Vital statistics of India. Vol. V, Reports of 1876 on armies & jails and on epidemic cholera
Year: 1876
Disease focus: Cholera
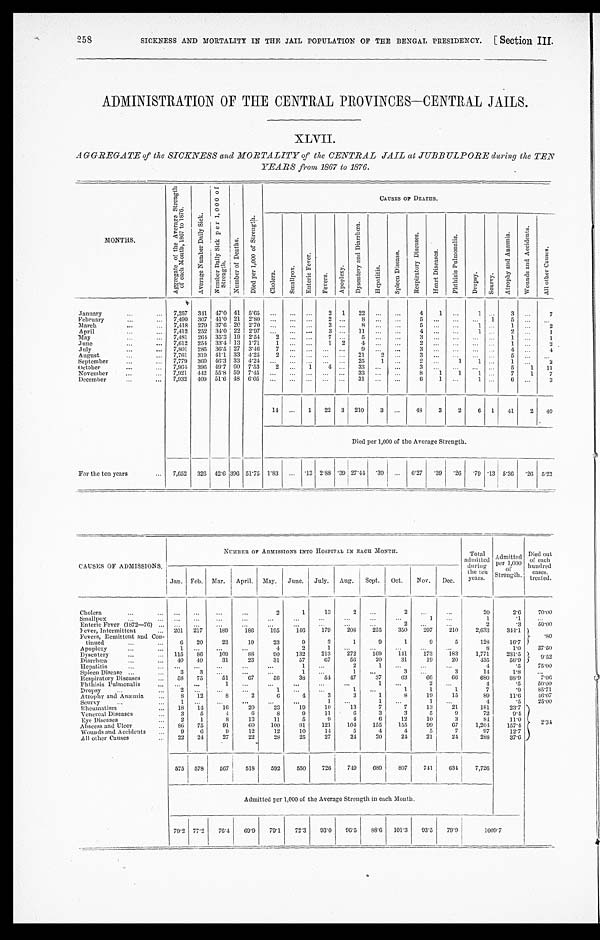
258
SICKNESS AND MORTALITY IN THE JAIL POPULATION OF THE BENGAL PRESIDENCY. [ Section
III.
ADMINISTRATION OF THE CENTRAL PROVINCES-CENTRAL JAILS.
XLVII.
AGGREGATE of the SICKNESS and MORTALITY of the CENTRAL JAIL at JUBBULPORE during the TEN
YEARS from 1867 to 1876.
MONTHS.
A g g r e g a t e o f t h e A v e r a g e S t r e n g t h o f e a c h M o n t h , 1 8 6 7 , t o 1 8 7 6 .
A v e r a g e N u m b e r D a i l y S i c k .
N u m b e r D a i l y S i c k p e r 1 , 0 0 0 o f S t r e n g t h .
N u m b e r o f d e a t h s .
D i e d p e r 1 , 0 0 0 o f S t r e n g t h .
CAUSES OF DEATHS.
C h o l e r a .
S m a l l p o x .
E n t e r i c F e v e r .
F e v e r s .
A p o p l e x y .
D y s e n t r y a n d D i a r r h œ a .
H e p a t i t i s .
S p l e e n D i s e a s e .
R e s p i r a t o r y D i s e a s e s .
H e a r t D i s e a s e s .
P h t h i s e s P u l m o n a l i s .
D r o p s y .
S c u r v y .
A t r o p h y a n d A n æ m i a .
W o u n d s a n d A c c i d e n t s .
A l l o t h e r C a u s e s .
January
7,257 341 47.0 41 5.65
2 1 22
4
1
1
3
7
February
7,490 307 41.0 21 2.80
2
8
5
1
5
March
7,418 279 37.6 20 2.70
3
8
5
1
1
2
April
7,412 252 34.0 22 2.97
3
1 1
4
1
2
1
May
7,481 264 35.3 19 2.54
2
7
5
3
1
1
June
7,612 254 33.4 13 1.71
1
1 2
4
2
1
2
July
7,801 285 36.5 27 3.46
7
9
3
4
4
August
7,761 319 41.1 33 4.25
2
21
2
3
5
September
7,779 360 46.3 33 4.24
25
1
2
1
1
1
2
October
7,964 396 49.7 60 7.53 2
1
4
33
3
5 1
11
,..
November
7,921 442 55.8 59 7.45
33
8
1 1
1
7 1
7
December
7,932 409 51.6 48 6.05
31
6
1
1
6
3
14
1 22 3 210
3
48
3
2
6 1 41
2 40
Died per 1,000 of the Average Strength.
For the ten years
7,652 326 42.6
3 9 6 51.75 1.83
.13 2.88 .39 27.44
. 3 9
6.27 .39 .26 .79 .13 5.36
. 26 5.23
CAUSES OF ADMISSIONS,
NUMBER OF ADMISSIONS INTO HOSPITAL IN EACH MONTH.
Total
admitted
durin g
the ten Y e a r s .
A d m i t t e d p e r 1 , 0 0 0 o f S t r e n g t h .
Died out
of each
hundred
cases.
treated.
Jan. Feb. Mar.
I
April. May. June. July. Aug. Sept. Oct. Nov. Dec.
Cholera
2
1
13
2
2
20
2.6
70.00
•••
S m a l l p o x
1
1
.1
Enteric Fever (1872—76)
2
2
.3
50.00
Fe
v e r , I n t e r m i t t e n t
201 217
189
180
195
146
179
208
255
350
2 9 7 210
2,633
344.1 8 0
Fevers, Remittent and Con-
tinued
6 20
23
19
23
9
3
1
9
1
9
5
128
16.7
Apoplexy
1
4
2
1
8
1 . 0 37.50
Dysentery
115 86
109
8 8 90
132
213
272
169
141 173
183
1,771
231.5 9 . 5 2
Diarrhœa
40 40
31
23
31
57
67
56
20
31
19
20
435
56.9
Hepatitis
1
2
1
4
. 5
7 5 . 0 0
Spleen Disease
3
3
1
1
3
3
14
1.8
Respiratory Diseases
58 75
51
67
5 8
38
54
47
37
63
66
66
680
88.9
7 . 0 6
Phthisis Pulmonalis
1
1
2
4
.5
5 0 . 0 0
Dropsy
2
1
1
1
1
1
7
.9
8 5 . 7 1
Atrophy and Anæmia
8 12
8
2
6
4
3
3
1
8
19
15
89
11.6
4 6 . 0 7
Scurvy
1
1
1
1
4
.5
2 5 . 0 0
Rheumatism
18 14
16
20
23
19
10
13
7
7
13
21
181
23.7
2 . 3 4
V e n e r e a l D i s e a s e s
3
5
4
6
8
9
11
6
3
3
5
9
72
9.4
Eye Diseases
2
1
8
13
11
5
9
4
6
12
10
3
84
11.0
Abscess and Ulcer
86 75
91
60
100
91
121
104
155
155
99
67
1,204
157.4
Wounds and Accidents
9
6
9
12
12
10
14
5
4
4
5
7
97
12.7
All other Causes
22 24
27
22
28
25
27
24
20
24
21
24
288
37.6
575 578
567
518
592
550
726 749
689
807
741 634
7,726
Admitted per 1,000 of the Average Strength in each Month.
79.2 77.2
76.4 69.9 79.1
72.3 93.0 96.5
88.0 101.3 93.5 79.9
1009.7